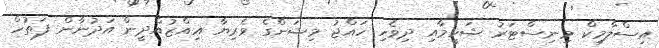
އިސްލާމިކް މިނިސްޓަރު ޝަހީމާއި ދިވެހި ހައްޖު މިޝަންގެ ވެރިޔާ އިއްޒުއްދީން އަދުނާން ފަތުހް